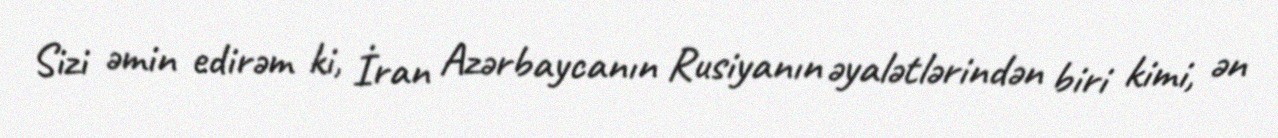
Sizi əmin edirəm ki, İran Azərbaycanın Rusiyanın əyalətlərindən biri kimi, ən